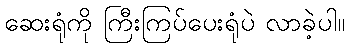
ဆေးရုံကို ကြီးကြပ်ပေးရုံပဲ လာခဲ့ပါ။